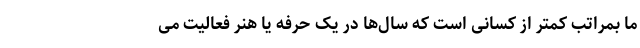
ما بمراتب کمتر از کسانی است که سال‌ها در یک حرفه یا هنر فعالیت می